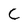
Character: C